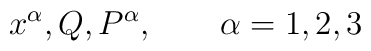
x^{\alpha },Q,P^{\alpha },\qquad \alpha =1,2,3